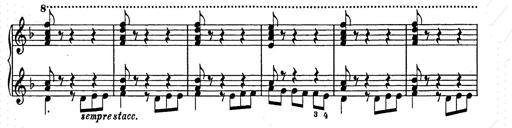
Title: Weihnachtsbaum
Composer: Franz Liszt